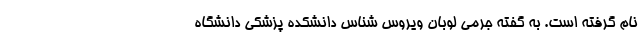
نام گرفته است. به گفته جرمی لوبان ویروس شناس دانشکده پزشکی دانشگاه